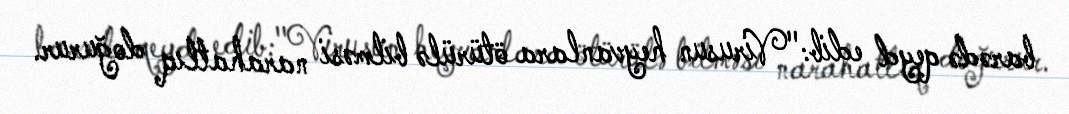
barədə qeyd edib:"Virusun heyvanlara ötürülə bilməsi narahatlıq doğurur.